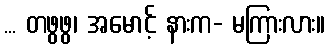
... တဖွဖွ၊ အမောင့် နားက- မကြားလား။